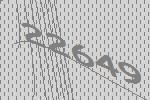
22649